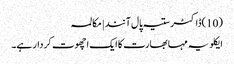
(10)ڈاکٹر ستیہ پال آنند | مکالمہ
ایکلویہ مہا بھارت کا ایک اچھوت کردار ہے۔